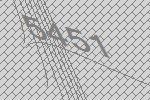
5451